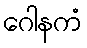
ဂေါနကံ